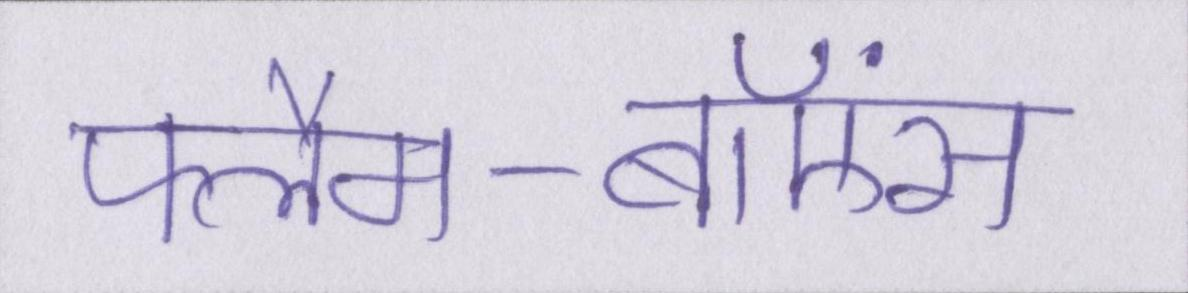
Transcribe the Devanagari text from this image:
फ्लैम-बॉएंस